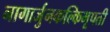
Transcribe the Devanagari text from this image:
नागार्जुनकल्किभूपती